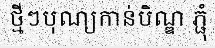
ថ្មីៗបុណ្យកាន់បិណ្ឌ ភ្ជុំ